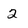
Character: 2